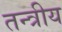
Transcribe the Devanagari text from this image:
तन्त्रीय